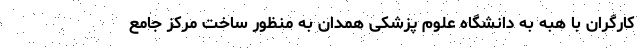
کارگران با هبه به دانشگاه علوم پزشکی همدان به منظور ساخت مرکز جامع